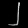
Digit: ၂